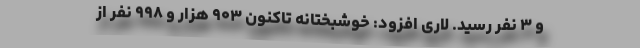
و ۳ نفر رسید. لاری افزود: خوشبختانه تاکنون ۹۰۳ هزار و ۹۹۸ نفر از